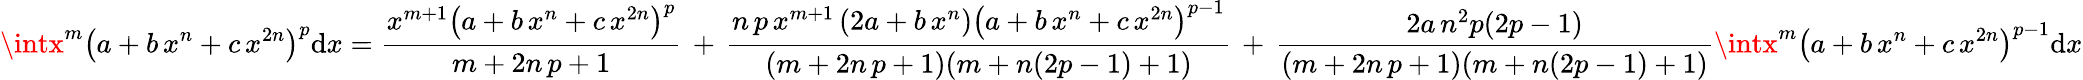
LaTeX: \intx^{m}\left(a+b\, x^{n}+c\, x^{2n}\right)^{p}\mathrm{d}x={\frac{{x^{m+1}\left(a+b\, x^{n}+c\, x^{2n}\right)^{p}}}{{m+2n\, p+1}}}\, +\, {\frac{{n\, p\, x^{m+1}\left(2a+b\, x^{n}\right)\left(a+b\, x^{n}+c\, x^{2n}\right)^{p-1}}}{{(m+2n\, p+1)(m+n(2p-1)+1)}}}\, +\, {\frac{{2a\, n^{2}p(2p-1)}}{{(m+2n\, p+1)(m+n(2p-1)+1)}}}\intx^{m}\left(a+b\, x^{n}+c\, x^{2n}\right)^{p-1}\mathrm{d}x